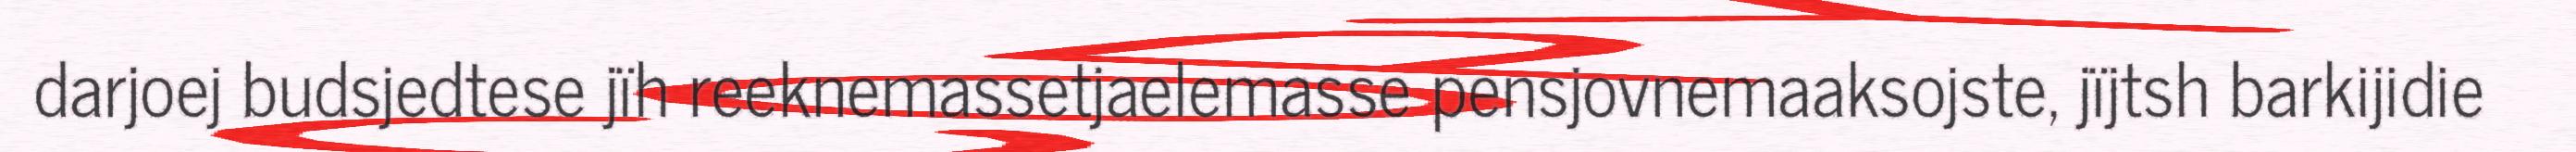
darjoej budsjedtese jïh reeknemassetjaelemasse pensjovnemaaksojste, jïjtsh barkijidie